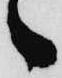
ゝ